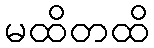
မထိတထိ